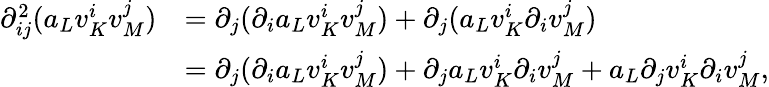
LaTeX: \begin{array}{rl}{\partial_{ij}^{2}(a_{L}v_{K}^{i}v_{M}^{j})}&{=\partial_{j}(\partial_{i}a_{L}v_{K}^{i}v_{M}^{j})+\partial_{j}(a_{L}v_{K}^{i}\partial_{i}v_{M}^{j})}\\ &{=\partial_{j}(\partial_{i}a_{L}v_{K}^{i}v_{M}^{j})+\partial_{j}a_{L}v_{K}^{i}\partial_{i}v_{M}^{j}+a_{L}\partial_{j}v_{K}^{i}\partial_{i}v_{M}^{j},}\end{array}